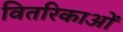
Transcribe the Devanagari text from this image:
वितरिकाओं